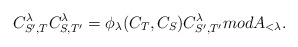
\begin{align*}C_{S',T}^{\lambda}C_{S,T'}^{\lambda}=\phi_{\lambda}(C_T,C_S)C_{S',T'}^{\lambda} mod A_{<\lambda}.\end{align*}